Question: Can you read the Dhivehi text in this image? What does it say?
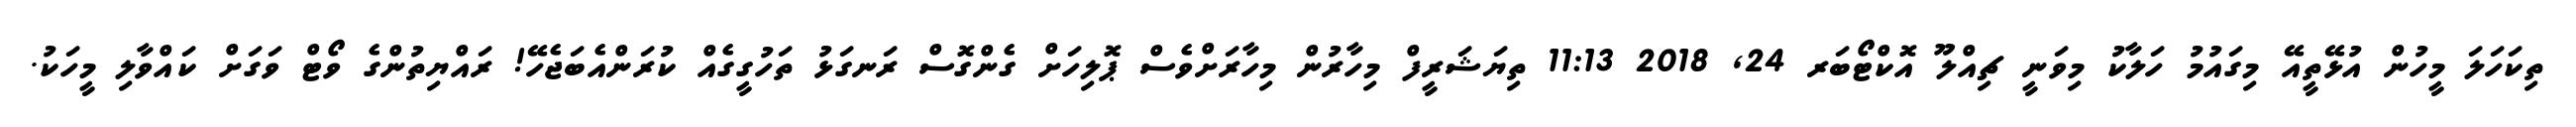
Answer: ތިކަހަލަ މީހުން އުޅޭތީއޭ މިގައުމު ހަލާކު މިވަނީ ޗިއްލޫ އޮކްޓޯބަރ 24, 2018 11:13 ތިޔަޝަރީފް މިހާރުން މިހާރަށްވެސް ޕޮލިހަށް ގެންގޮސް ރަނގަޅު ތަހުގީގެއް ކުރަންއެބަޖެހޭ! ރައްޔިތުންގެ ވޯޓް ވަގަށް ކައްވާލި މީހަކު.